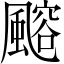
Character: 𩘪